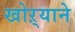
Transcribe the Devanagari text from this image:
खोऱ्याने